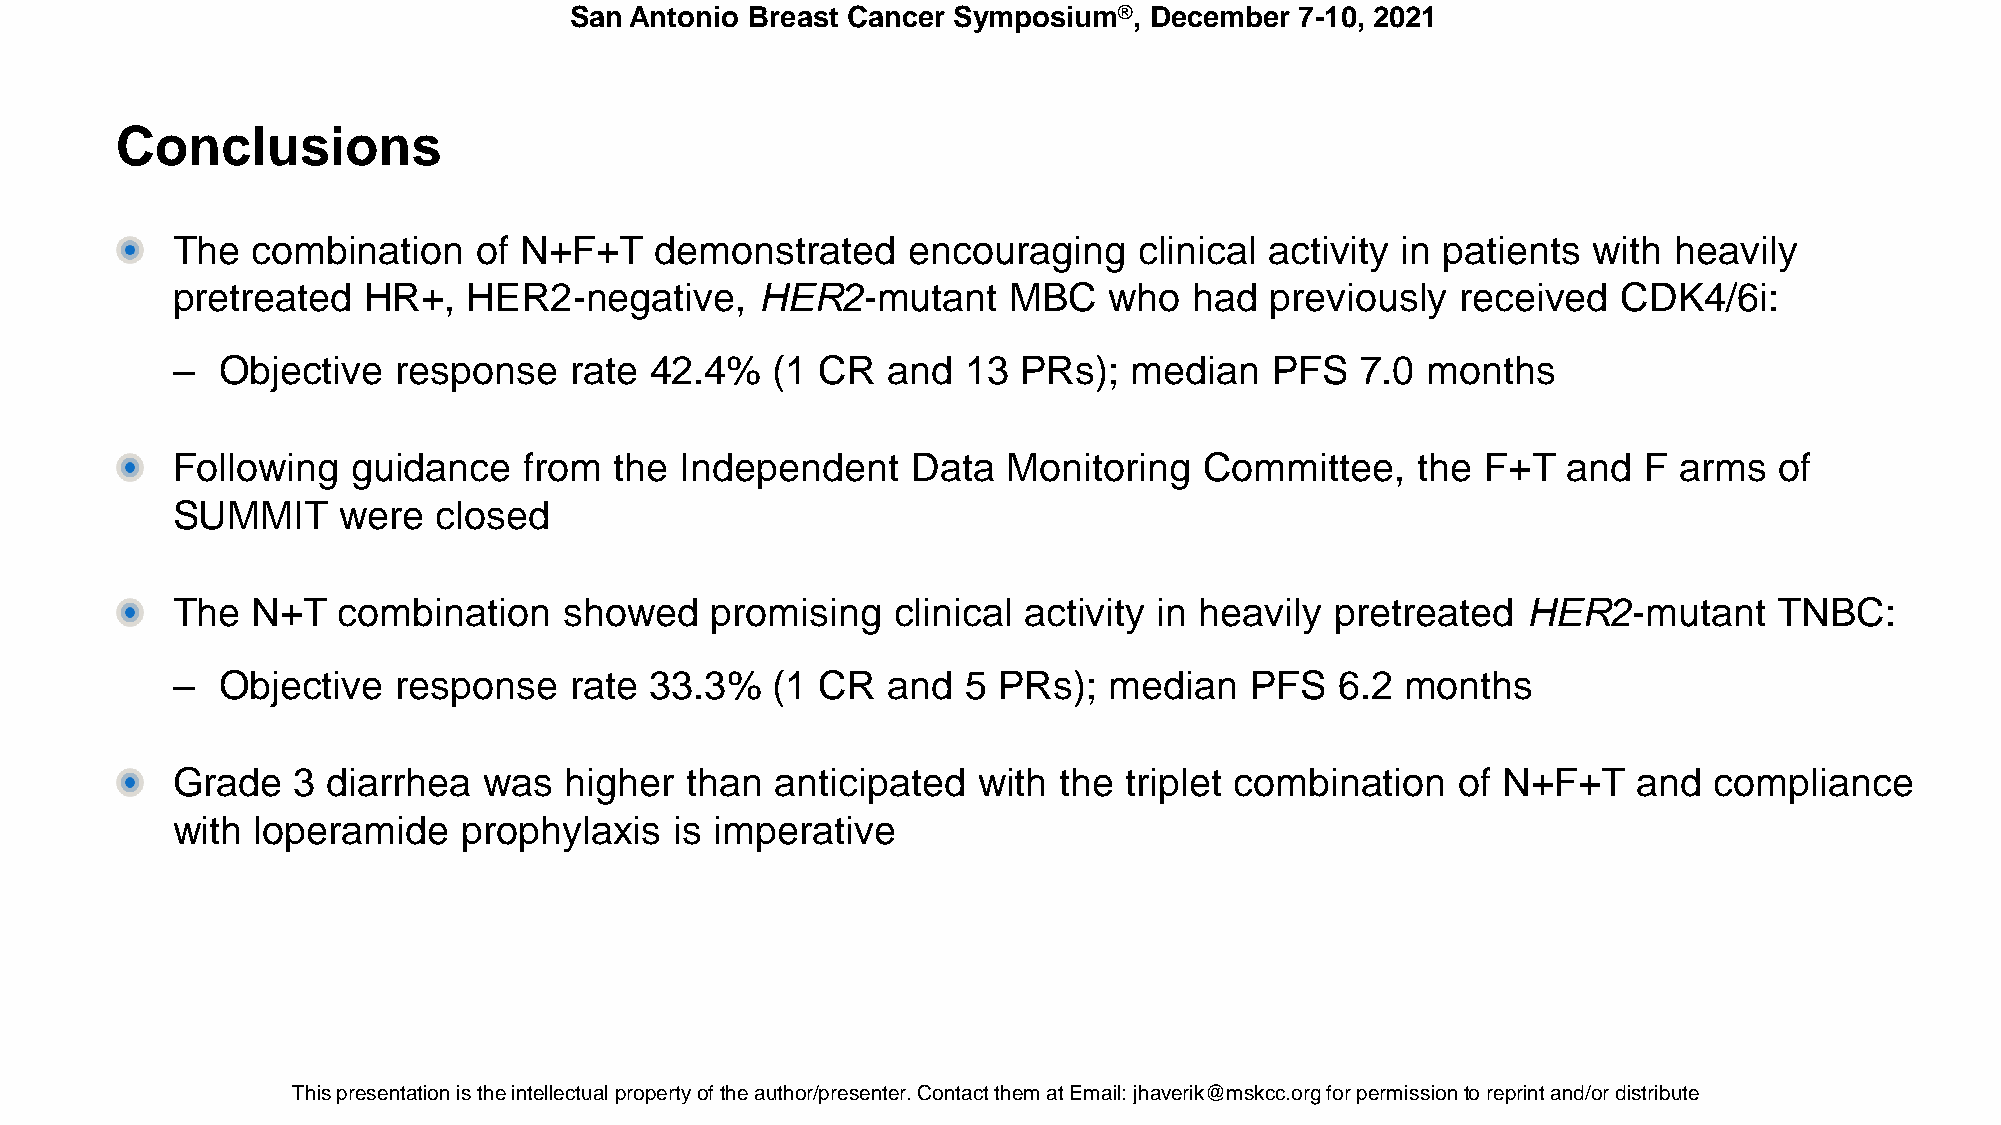
San Antonio Breast Cancer Symposium®, December  7-10, 2021
 Conclusions
 The   combination    of N+F+T   demonstrated     encouraging    clinical activity in patients with  heavily
 pretreated   HR+,   HER2-negative,     HER2-mutant      MBC   who   had  previously   received  CDK4/6i:
 –  Objective   response    rate 42.4%   (1 CR   and  13 PRs);   median   PFS   7.0 months
 Following   guidance    from  the Independent    Data   Monitoring   Committee,    the F+T   and  F arms   of
 SUMMIT     were   closed
 The   N+T  combination    showed    promising   clinical activity in heavily pretreated   HER2-mutant      TNBC:
 –  Objective   response    rate 33.3%   (1 CR   and  5 PRs);  median    PFS   6.2 months
 Grade   3  diarrhea  was  higher  than  anticipated   with the  triplet combination   of N+F+T   and  compliance
 with  loperamide    prophylaxis   is imperative
 This presentaTthioisn p irse stehnet aintiotenl liesc tthuea iln pterlolepceturtayl porfo ptheert ya ouft hthoer /apurtehsoer/nptreers.e Cntoenr.t aCcotn ttahcetm th eamt aXtX EXmXXaiXl: XjhXaXvXeXriXk@XXm@skXcXcX.oXrXgX foXr. EpDerUmifsosri opnetrom reispsriionnt atnod r/oerp driinsttr iabuntde/or distribute.